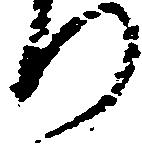
り